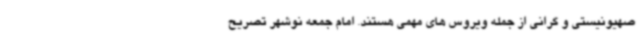
صهیونیستی و گرانی از جمله ویروس های مهمی هستند. امام جمعه نوشهر تصریح